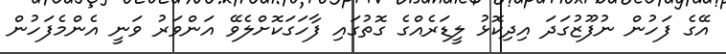
އޭގެ ފަހުން ނުފޫޒުގަދަ އިދިކޮޅު ލީޑަރެއްގެ ގޮތުގައި ފާހަގަކޮށްލެވޭ އަންވަރު ވަނީ އެންމެފަހުން